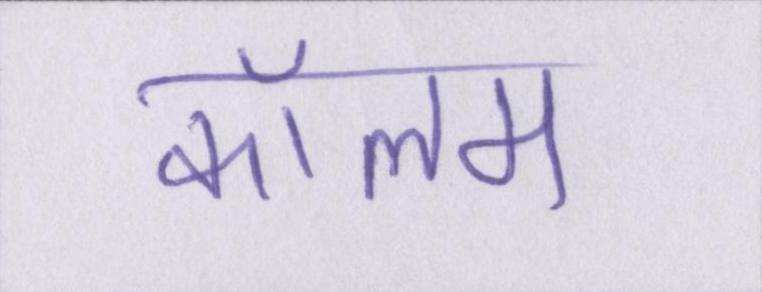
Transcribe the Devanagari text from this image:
कॉलम